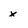
Character: x